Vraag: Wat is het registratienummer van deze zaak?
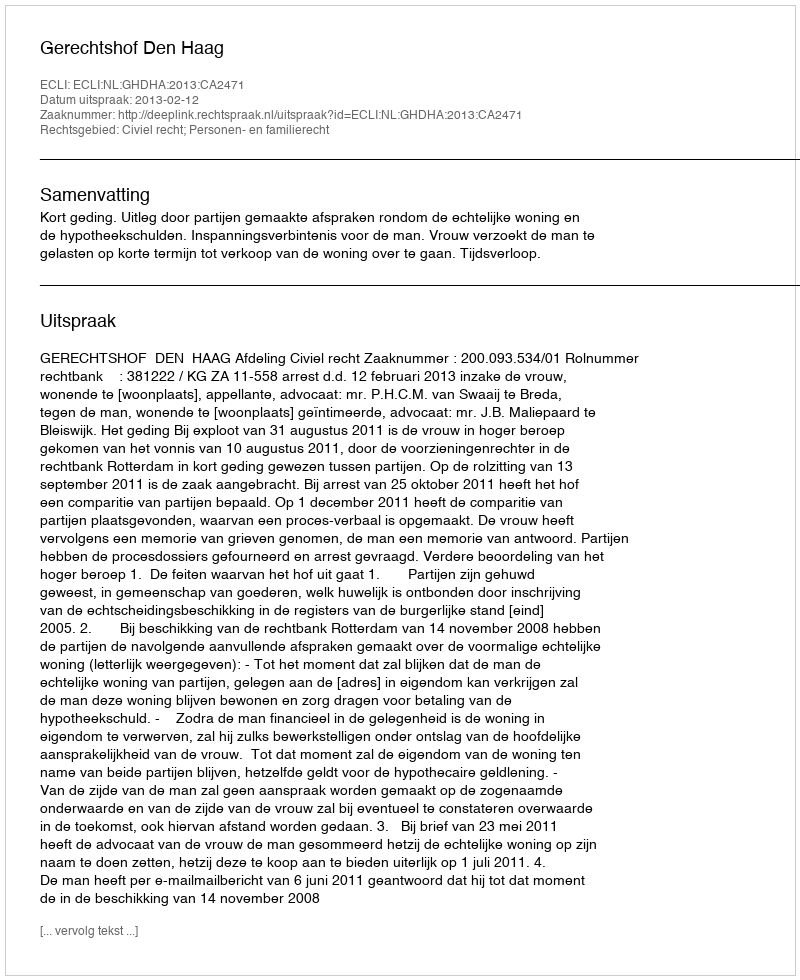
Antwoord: http://deeplink.rechtspraak.nl/uitspraak?id=ECLI:NL:GHDHA:2013:CA2471